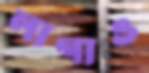
লাগাও